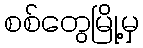
စစ်တွေမြို့မှ